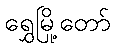
ရွှေမြို့တော်